Report of an investigation of the epidemic of malarial fever in Assam, or, kala-azar
Disease focus: Malaria
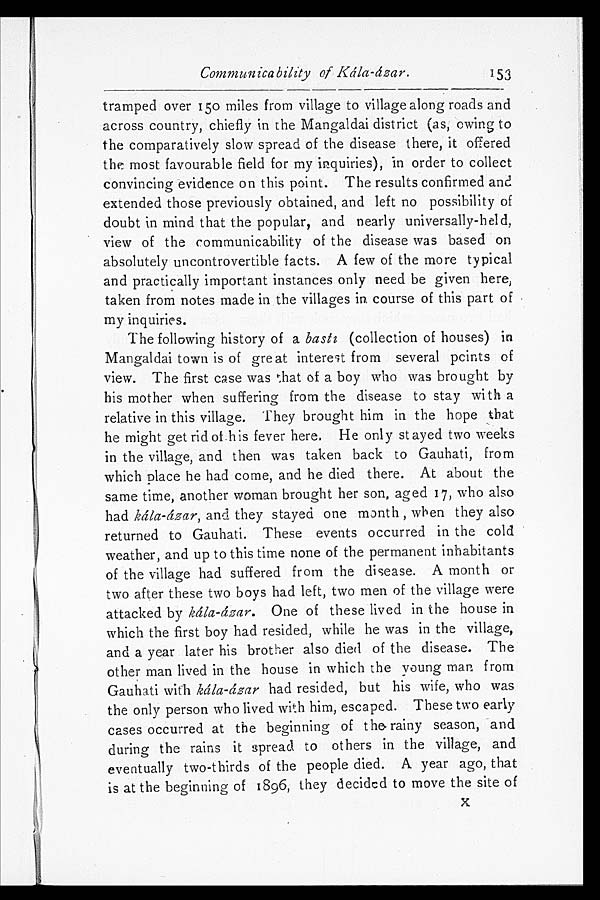
Communicability of Kála-ázar.
153
tramped over 150 miles from village to village along roads and
across country, chiefly in the Mangaldai district (as, owing to
the comparatively slow spread of the disease there, it offered
the most favourable field for my inquiries), in order to collect
convincing evidence on this point. The results confirmed and
extended those previously obtained, and left no possibility of
doubt in mind that the popular, and nearly universally-held,
view of the communicability of the disease was based on
absolutely uncontrovertible facts. A few of the more typical
and practically important instances only need be given here,
taken from notes made in the villages in course of this part of
my inquiries.
The following history of a basti (collection of houses) in
Mangaldai town is of great interest from several points of
view. The first case was that of a boy who was brought by
his mother when suffering from the disease to stay with a
relative in this village. They brought him in the hope that
he might get rid of his fever here. He only stayed two weeks
in the village, and then was taken back to Gauhati, from
which place he had come, and he died there. At about the
same time, another woman brought her son, aged 17, who also
had kála-ázar, and they stayed one month, when they also
returned to Gauhati. These events occurred in the cold
weather, and up to this time none of the permanent inhabitants
of the village had suffered from the disease. A month or
two after these two boys had left, two men of the village were
attacked by kála-ázar. One of these lived in the house in
which the first boy had resided, while he was in the village,
and a year later his brother also died of the disease. The
other man lived in the house in which the young man from
Gauhati with kála-ázar had resided, but his wife, who was
the only person who lived with him, escaped. These two early
cases occurred at the beginning of the rainy season, and
during the rains it spread to others in the village, and
eventually two-thirds of the people died. A year ago, that
is at the beginning of 1896, they decided to move the site of X